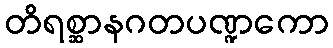
တိရစ္ဆာနဂတပဏ္ဍကော